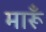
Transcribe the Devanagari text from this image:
मारूँ